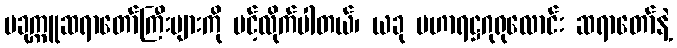
ပခုက္ကူဆရာတော်ကြီးများကို ပင့်လိုက်ပါတယ်၊ ယခု မဟာရဋ္ဌဂုရုလောင်း ဆရာတော်နဲ့